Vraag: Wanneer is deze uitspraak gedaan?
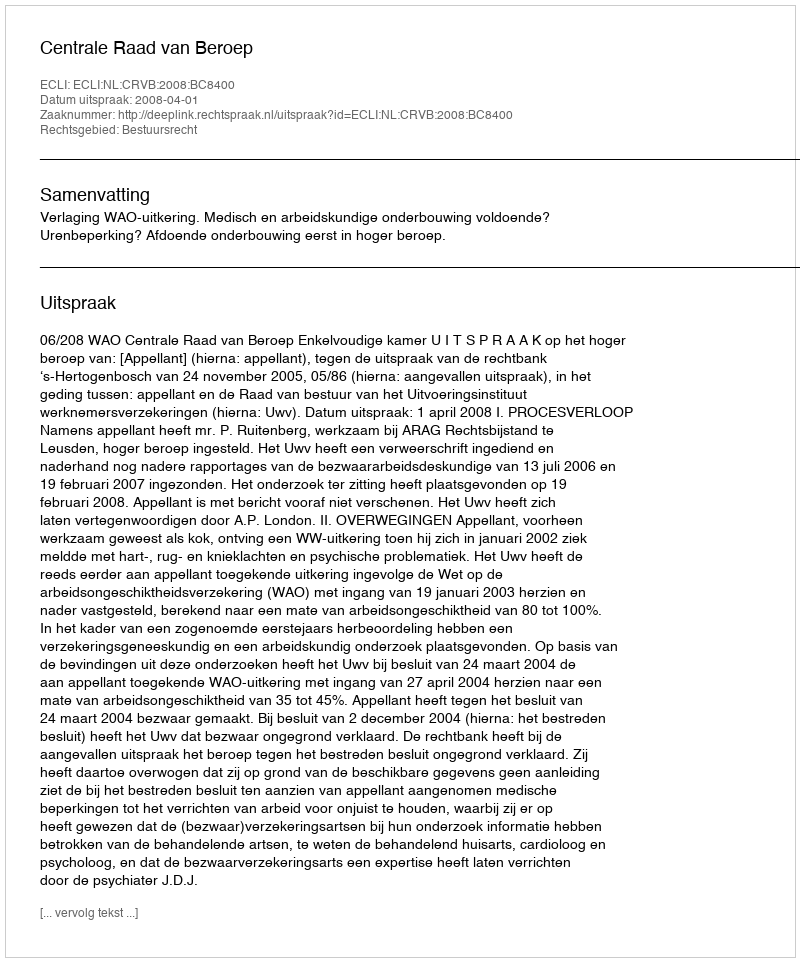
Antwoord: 2008-04-01